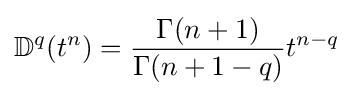
\mathbb {D} ^{q}(t^{n})={\frac {\Gamma (n+1)}{\Gamma (n+1-q)}}t^{n-q}